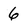
Character: 6